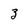
Character: 3